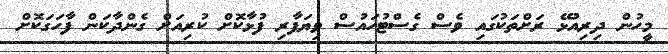
މީހުން ދިރިއުޅޭ ރަށްތަކުގައި ވެސް ގެސްޓުހައުސް ވިޔަފާރި ފުޅާކޮށް ކުރިއަށް ގެންދާކަން ފާހަގަކޮށް